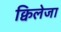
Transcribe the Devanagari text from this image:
क्विलेजा